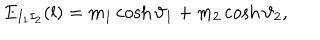
E _ { I _ { 1 } I _ { 2 } } ( l ) = m _ { 1 } \cosh \vartheta _ { 1 } + m _ { 2 } \cosh \vartheta _ { 2 } ,